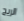
الريح